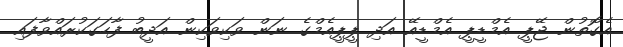
އެގޮތުން ޖޭޕީ އެމްޑީޕީ އެމްޑީއޭ އަދި ޕީޕީއެމްގެ ނަން ވަކިވަކިން އަދީބު ފާހަގަކުރައްވާފައި